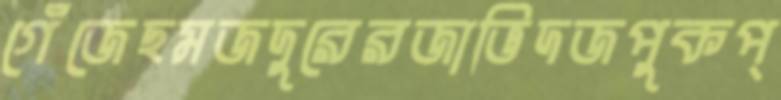
গেঁজেছমজদুরেরজাভিদজপুকপ্